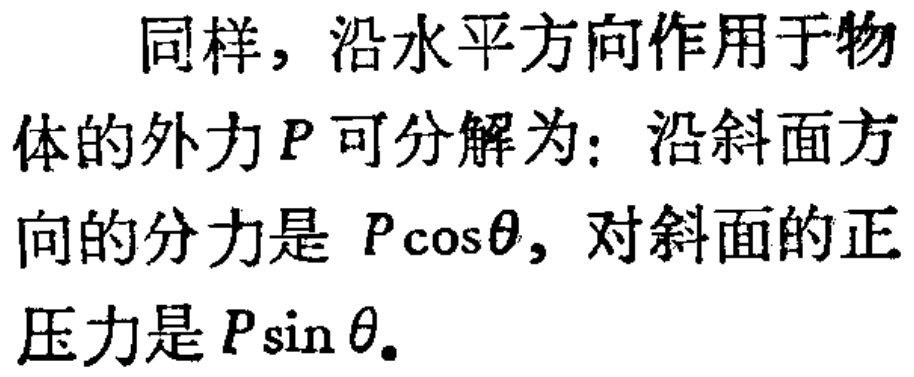
同样，沿水平方向作用于物体的外力\(P\)可分解为：沿斜面方向的分力是 \(P\cos\theta\)，对斜面的正压力是\(P\sin\theta\)。